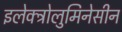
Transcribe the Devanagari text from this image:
इलेक्ट्रोलुमिनेसीन